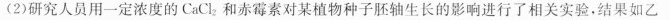
(2)研究人员用一定浓度的CaCl_{2}和赤霉素对某植物种子胚轴生长的影响进行了相关实验，结果如乙